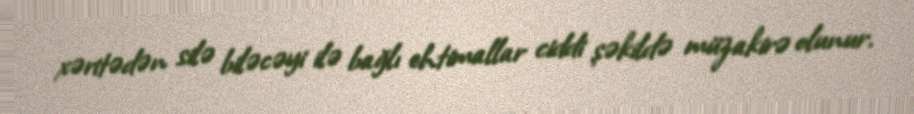
xəritədən silə biləcəyi ilə bağlı ehtimallar ciddi şəkildə müzakirə olunur.